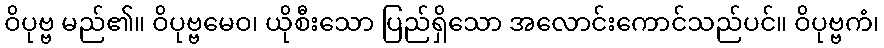
ဝိပုဗ္ဗ မည်၏။ ဝိပုဗ္ဗမေဝ၊ ယိုစီးသော ပြည်ရှိသော အလောင်းကောင်သည်ပင်။ ဝိပုဗ္ဗကံ၊